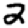
Digit: 2